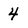
Character: 4